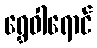
ရွှေဝါရောင်